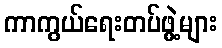
ကာကွယ်ရေးတပ်ဖွဲ့များ